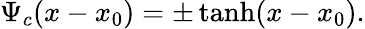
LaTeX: \Psi_{c}(x-x_{0})=\pm\operatorname{tanh}(x-x_{0}).